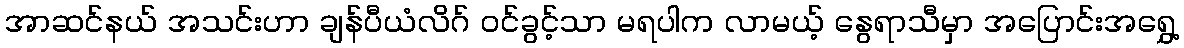
အာဆင်နယ် အသင်းဟာ ချန်ပီယံလိဂ် ဝင်ခွင့်သာ မရပါက လာမယ့် နွေရာသီမှာ အပြောင်းအရွှေ့